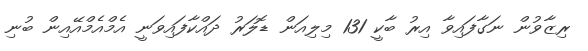
ރިޒާވުން ނަގާފައިވާ އިރު ބާކީ 131 މިލިއަން ޑޮލަރު ދައްކާފައިވަނީ އެމްއެމްއޭއިން ބުނި